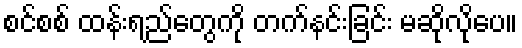
စင်စစ် ထန်းရည်တွေကို တက်နင်းခြင်း မဆိုလိုပေ။